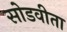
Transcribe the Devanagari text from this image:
सोडवीता